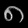
Digit: ၈